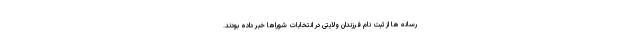
رسانه ها از ثبت نام فرزندان ولایتی در انتخابات شوراها خبر داده بودند.